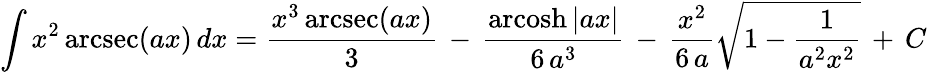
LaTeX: \int x^{2}\operatorname{arcsec}(ax)\, dx={\frac{x^{3}\operatorname{arcsec}(ax)}{3}}\, -\, {\frac{\operatorname{arcosh}|ax|}{6\, a^{3}}}\, -\, {\frac{x^{2}}{6\, a}}{\sqrt{1-{\frac{1}{a^{2}x^{2}}}}}\, +\, C